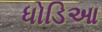
ધોડિઆ